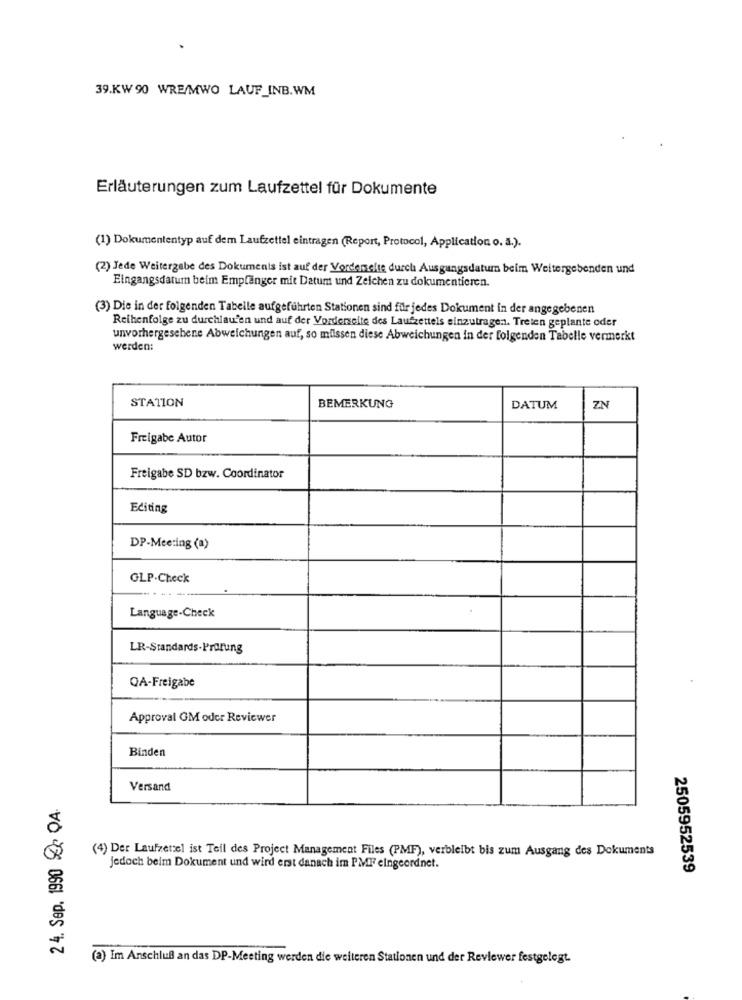
39.KW 90 WRE/MWO LAUF_INB.WM
Erläuterungen zum Laufzettel für Dokumente
(1) Dokumententyp auf dem Laufzettel eintragen (Report, Protocol, Application o. a.).
(2) Jede Weitergabe des Dokuments ist auf der Vordenelte durch Ausgangsdatum beim Weitergebenden und
Eingangsdatum beim Empfänger mit Datum und Zeichen zu dokumentieren.
(3) Die in der folgenden Tabelle aufgeführten Stationen sind für jedes Dokument in der angegebenen
Reihenfolge zu durchlau'en und auf der Vorderseite des Laufzettels einzutragen. Treten geplante oder
unvorhergesehene Abweichungen auf, so milssen diese Abweichungen in der folgenden Tabelle vermerkt
werden:
STATION
BEMERKUNG
DATUM
ZN
Freigabe Autor
Freigabe SD bzw. Coordinator
Editing
DP-Meeting (a)
GLP.Check
Language-Check
LR-Standards-Prorung
QA-Freigabe
Approval GM oder Reviewer
Binden
Versand
2 4. Sep. 1990 9 QA.
(4) Der Laufzetel ist Teil des Project Management Files (PMF), verbleibt bis zum Ausgang des Dokuments
jedoch beim Dokument und wird erst danach im PMF eingeordnet.
2505952539
(a) Im Anschluß an das DP-Meeting werden die weiteren Stationen und der Reviewer festgelegt.